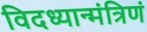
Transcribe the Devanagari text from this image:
विदध्यान्मंत्रिणं